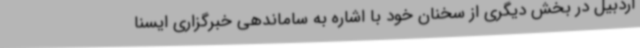
اردبیل در بخش دیگری از سخنان خود با اشاره به ساماندهی خبرگزاری ایسنا